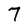
Character: 7